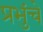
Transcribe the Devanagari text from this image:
प्रभुंचे